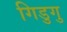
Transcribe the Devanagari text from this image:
गिडुगु